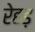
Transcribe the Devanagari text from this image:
रेहड़